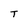
Character: T